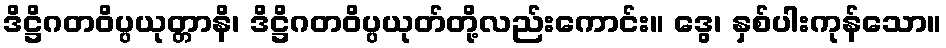
ဒိဋ္ဌိဂတဝိပ္ပယုတ္တာနိ၊ ဒိဋ္ဌိဂတဝိပ္ပယုတ်တို့လည်းကောင်း။ ဒွေ၊ နှစ်ပါးကုန်သော။